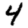
Digit: 4